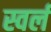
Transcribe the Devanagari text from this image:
स्वर्ल